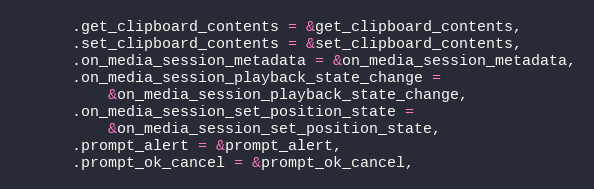
Language: C++
      .get_clipboard_contents = &get_clipboard_contents,
      .set_clipboard_contents = &set_clipboard_contents,
      .on_media_session_metadata = &on_media_session_metadata,
      .on_media_session_playback_state_change =
          &on_media_session_playback_state_change,
      .on_media_session_set_position_state =
          &on_media_session_set_position_state,
      .prompt_alert = &prompt_alert,
      .prompt_ok_cancel = &prompt_ok_cancel,